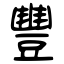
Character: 豐